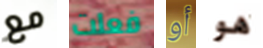
مع فعلت أو هو